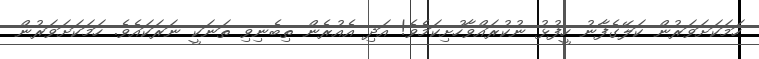
ހަމަކަށަވަރުން ކަލޭގެފާނު ހީފުޅު ނުކުރައްވާހުށިކަމެވެ! އަދި އެއުރެން ތިބެނިވި ތަނަކީ ނަރަކައެވެ. ހަމަކަށަވަރުން